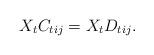
LaTeX: \begin{align*}X_tC_{tij} = X_tD_{tij}.\end{align*}